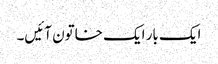
ایک بار ایک خاتون آئیں‌۔